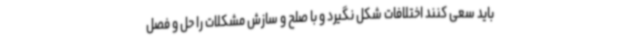
باید سعی کنند اختلافات شکل نگیرد و با صلح و سازش مشکلات را حل و فصل